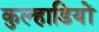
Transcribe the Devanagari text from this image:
कुल्हाडियों